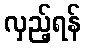
လှည့်ရန်